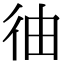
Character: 㣙